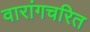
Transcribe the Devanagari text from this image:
वारांगचरित